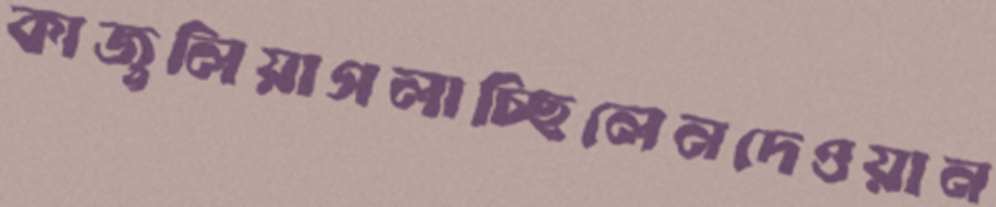
কাজুলিয়াগলাচ্ছিলেনদেওয়ান